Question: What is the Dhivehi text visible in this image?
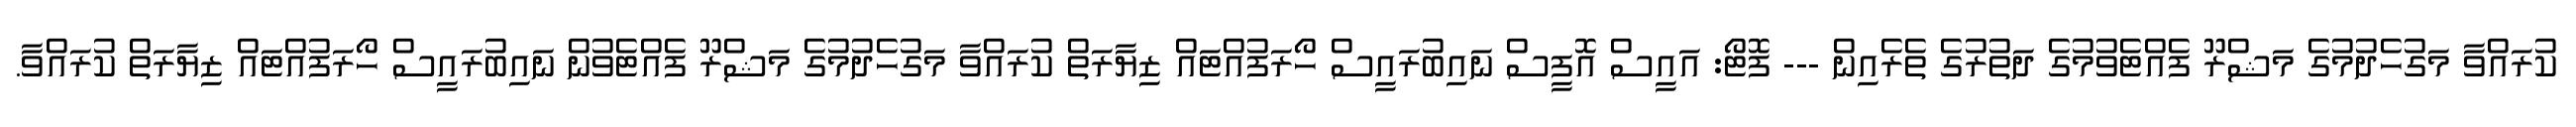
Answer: ކުރައްވާ މަގުހެދުމުގެ މަޝްރޫ ފެއްޓެވުމުގެ ދަތުރުގެ ތެރެއިން --- ފޮޓޯ: އައީސް އޮފީސް ނައިބުރައީސް ހޯރަފުއްޓައް ޒިޔާރަތް ކުރައްވާ މަގުހެދުމުގެ މަޝްރޫ ފެއްޓެވުން ނައިބުރައީސް ހޯރަފުއްޓައް ޒިޔާރަތް ކުރައްވާ.